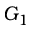
G _ { 1 }